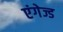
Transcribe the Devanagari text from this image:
एंगेज्ड